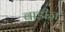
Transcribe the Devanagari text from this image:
बाडीज़